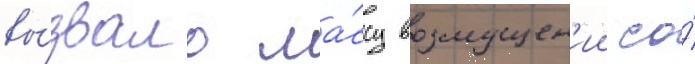
вы́звало ма́ссу возмущен'ии со́